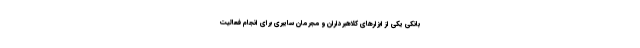
بانکی یکی از ابزارهای کلاهبرداران و مجرمان سایبری برای انجام فعالیت